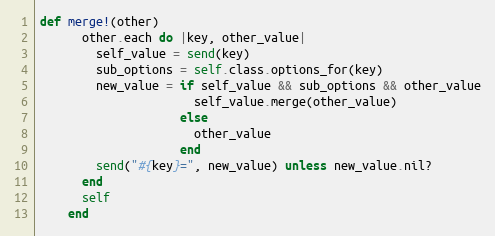
Language: Ruby
def merge!(other)
      other.each do |key, other_value|
        self_value = send(key)
        sub_options = self.class.options_for(key)
        new_value = if self_value && sub_options && other_value
                      self_value.merge(other_value)
                    else
                      other_value
                    end
        send("#{key}=", new_value) unless new_value.nil?
      end
      self
    end